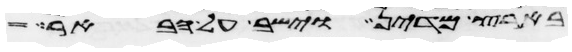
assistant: בארץ מדין וישב על הבאר